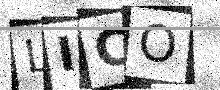
Text: LICO